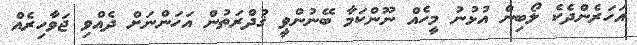
އަހަރެންދެކެ ލޯބިން އުޅުނު މީހެއް ނޫންކަމާ ބޭނުންވީ ޤުދްރަތުން އަހަންނަށް ދެއްވި ޖަވާހިރެއް